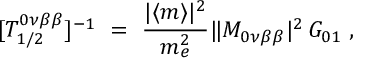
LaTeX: [ T _ { 1 / 2 } ^ { 0 \nu \beta \beta } ] ^ { - 1 } \ = \ \frac { | \langle m \rangle | ^ { 2 } } { m _ { e } ^ { 2 } } \| { \cal M } _ { 0 \nu \beta \beta } | ^ { 2 } \, G _ { 0 1 } \; ,